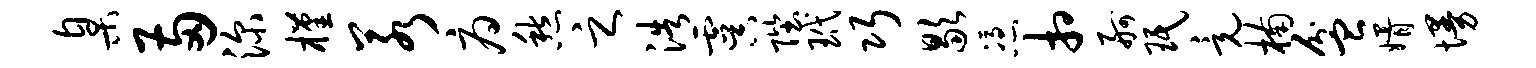
臬两深槿若府愁之浩虞陛玳巧歇凭相舸珉竟楠盆婿墁